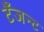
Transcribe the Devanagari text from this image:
टँजन्ट